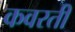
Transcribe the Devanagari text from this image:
कवरती